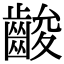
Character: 𪘑